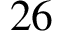
2 6